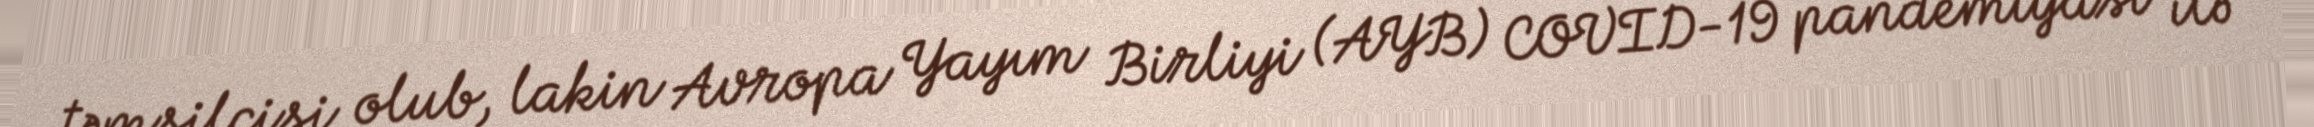
təmsilçisi olub, lakin Avropa Yayım Birliyi (AYB) COVID-19 pandemiyası ilə